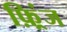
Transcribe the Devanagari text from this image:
फ़्रिंज